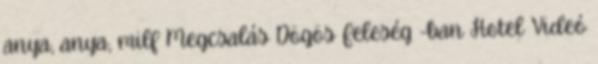
anya, anya, milf Megcsalás Dögös Feleség -ban Hotel Videó